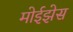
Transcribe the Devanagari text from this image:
मोईझेस